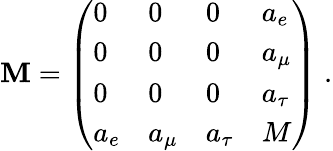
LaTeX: {\cal\mathbf{M}}=\left(\begin{array}{llll}{{0}}&{{0}}&{{0}}&{{a_{e}}}\\ {{0}}&{{0}}&{{0}}&{{a_{\mu}}}\\ {{0}}&{{0}}&{{0}}&{{a_{\tau}}}\\ {{a_{e}}}&{{a_{\mu}}}&{{a_{\tau}}}&{{M}}\end{array}\right)\; .